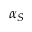
\alpha _ { S }